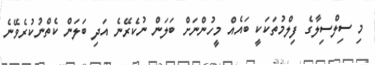
މި ސިލްސިލާގެ ފިލްމުތަކަކީ ބައެއް މީހުންނަށް ބަލަން ނުކެރޭނެ އަދި ބަލަން ކެތްނުކުރެވޭނެ